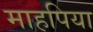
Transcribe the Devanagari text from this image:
माहपिया